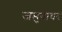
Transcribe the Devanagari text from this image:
जमुनाधर